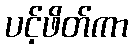
ပင့်ဖိတ်ကာ